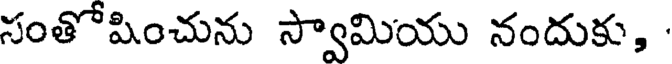
సంతోషించును స్వామియు నందుకు,